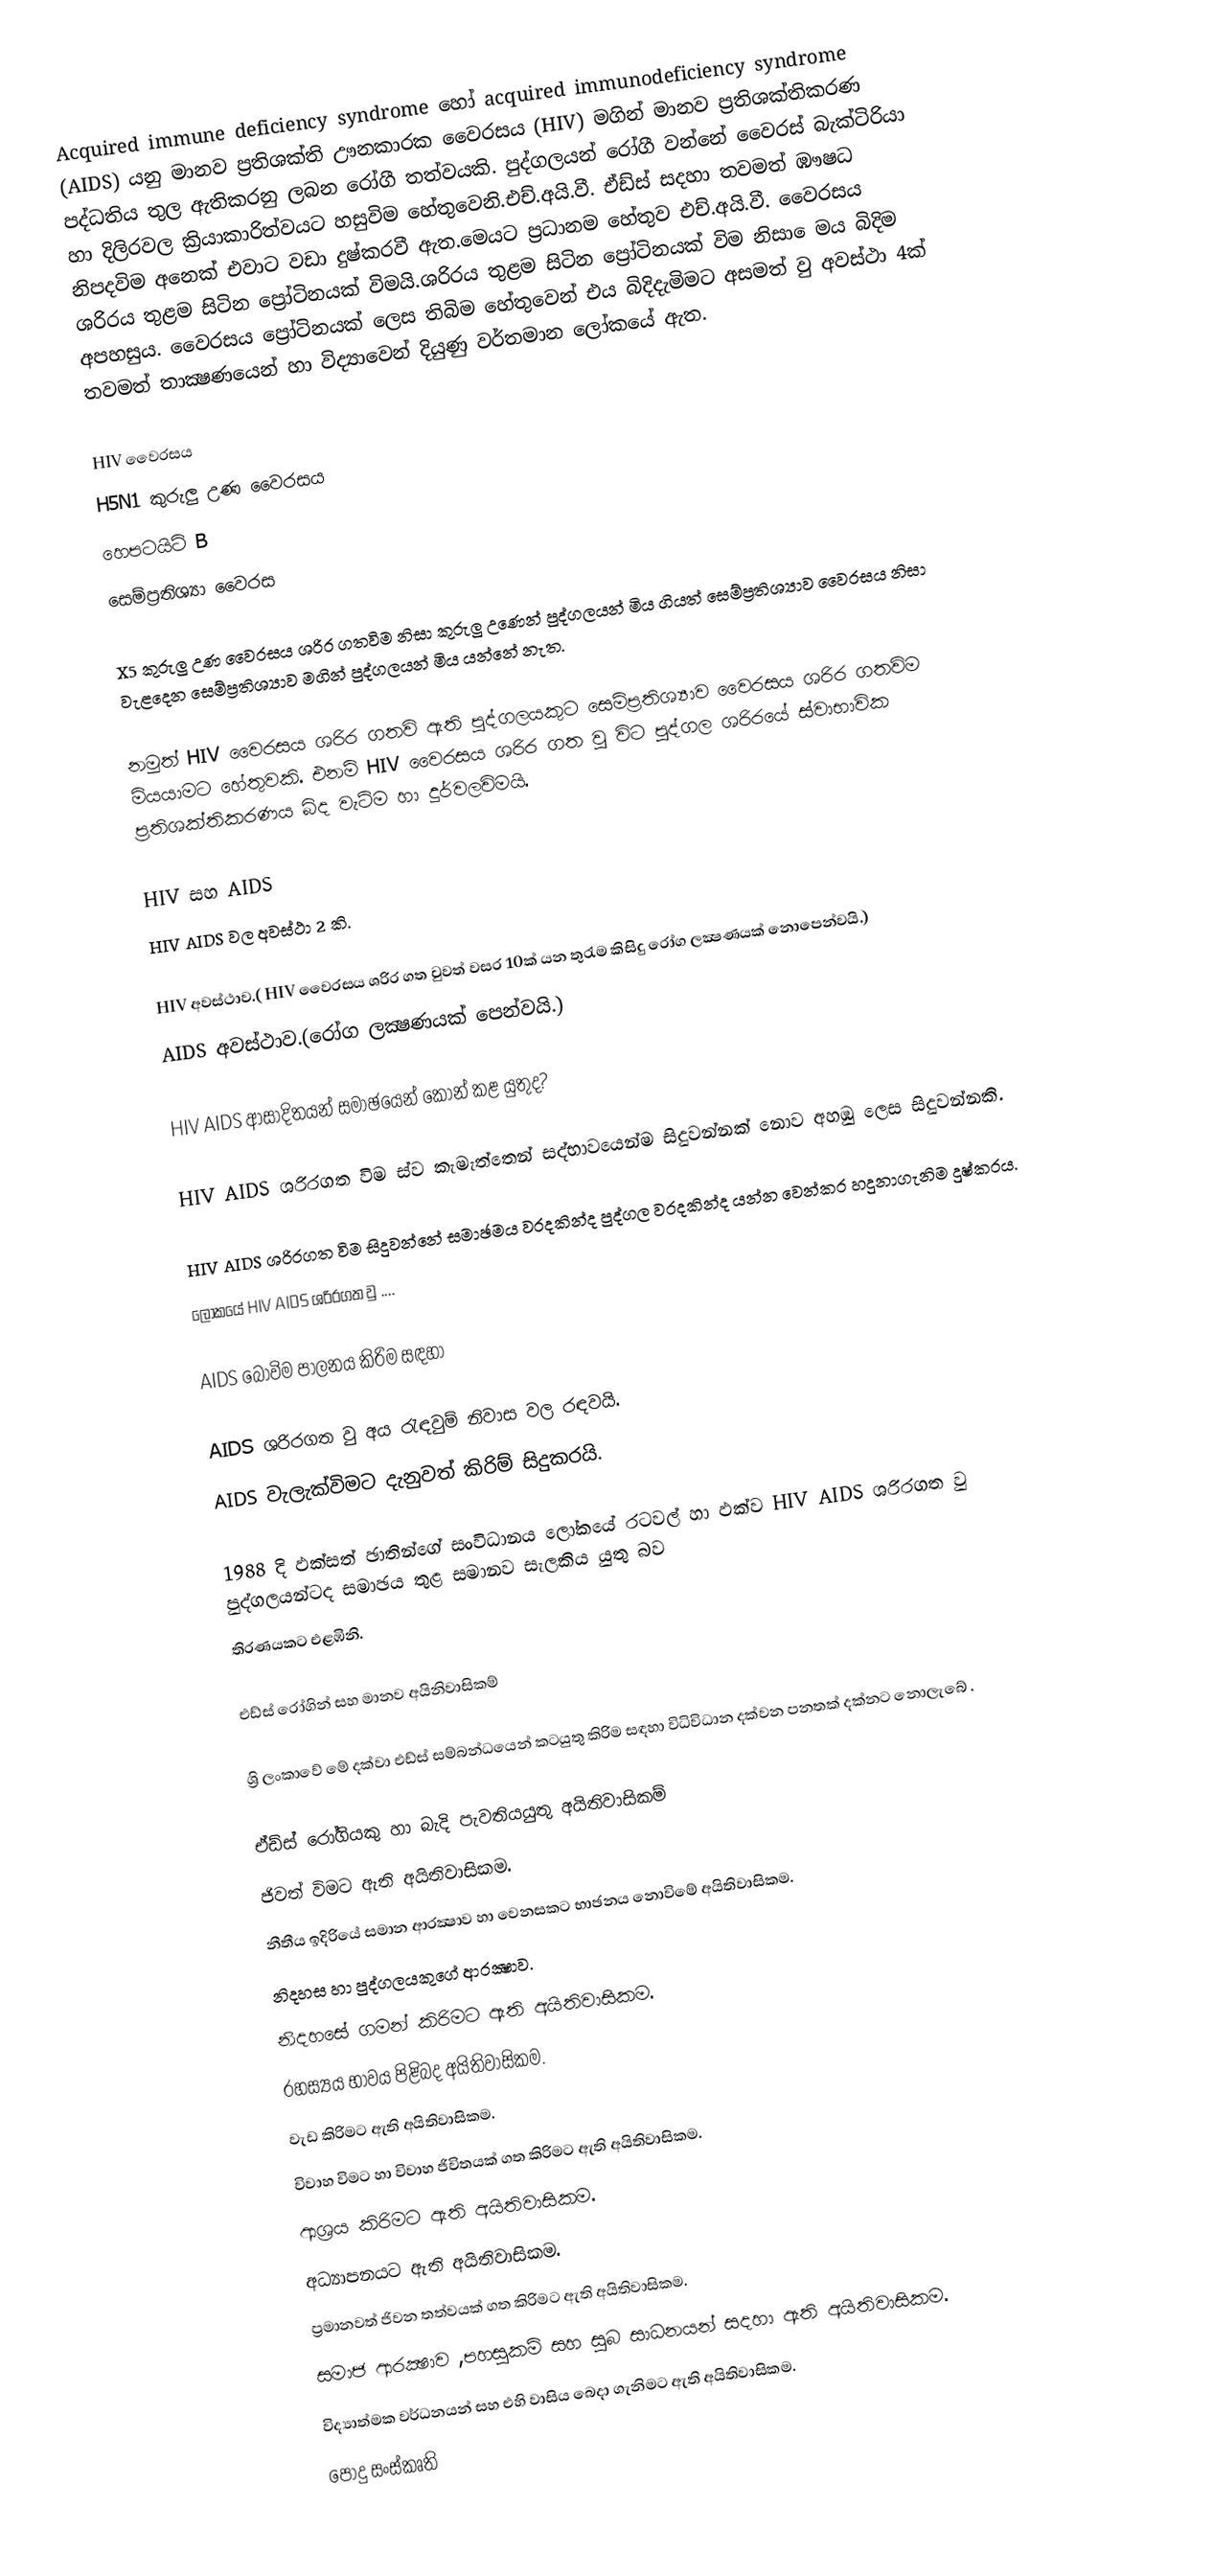
Acquired immune deficiency syndrome   හෝ acquired immunodeficiency syndrome (AIDS) යනු මානව ප්‍රතිශක්ති ඌනකාරක වෛරසය (HIV) මගින් මානව ප්‍රතිශක්තිකරණ පද්ධතිය තුල ඇතිකරනු ලබන රෝගී තත්වයකි. පුද්ගලයන් රෝගී වන්නේ වෛරස් බැක්ටිරියා හා දිලිරවල ක්‍රියාකාරිත්වයට හසුවිම හේතුවෙනි.එච්.අයි.වී. ඒඩ්ස් සදහා තවමත් ඹෟෂධ නිපදවිම අනෙක් එවාට වඩා දුෂ්කරවී ඇත.මෙයට ප්‍රධානම හේතුව එච්.අයි.වී. වෛරසය ශරිරය තුළම සිටින ප්‍රෝටිනයක් විමයි.ශරිරය තුළම සිටින ප්‍රෝටිනයක් විම නිසා ෙමය බිදිම අපහසුය. වෛරසය ප්‍රෝටිනයක් ලෙස තිබිම හේතුවෙන් එය බිදිදැමිමට අසමත් වු අවස්ථා 4ක් තවමත් තාක්‍ෂණයෙන් හා විද්‍යාවෙන් දියුණු වර්තමාන ලෝකයේ ඇත.

 HIV වෛරසය
 H5N1 කුරුලු උණ වෛරසය
 හෙපටයිට්‍ B
 සෙම්ප්‍රතිශ්‍යා වෛරස

X5 කුරුලු උණ වෛරසය ශරිර ගතවිම නිසා කුරුලු උණෙන් පුද්ගලයන් මිය ගියත් සෙම්ප්‍රතිශ්‍යාව වෛරසය නිසා වැළදෙන සෙම්ප්‍රතිශ්‍යාව මගින් පුද්ගලයන් මිය යන්නේ නැත.

නමුත් HIV වෛරසය ශරිර ගතවි ඇති පුද්ගලයකුට සෙම්ප්‍රතිශ්‍යාව වෛරසය ශරිර ගතවිම මියයාමට හේතුවකි. එනම් HIV වෛරසය ශරිර ගත වු විට පුද්ගල ශරිරයේ ස්වාභාවික ප්‍රතිශක්තිකරණය බිද වැටිම හා දුර්වලවිමයි.

HIV සහ AIDS
HIV AIDS වල අවස්ථා 2 කි.

 HIV අවස්ථාව.( HIV වෛරසය ශරිර ගත වුවත් වසර 10ක් යන තුරැම කිසිදු රෝග ලක්‍ෂණයක් නොපෙන්වයි.)
 AIDS අවස්ථාව.(රෝග ලක්‍ෂණයක් පෙන්වයි.)

HIV AIDS ආසාදිතයන් සමාඡයෙන් කොන් කළ යුතුද?

 HIV AIDS ශරිරගත විම ස්ව කැමැත්තෙන් සද්භාවයෙන්ම සිදුවන්නක් නොව අහඹු ලෙස සිදුවන්නකි.

 HIV AIDS ශරිරගත විම සිදුවන්නේ සමාඡමය වරදකින්ද පුද්ගල වරදකින්ද යන්න වෙන්කර හදුනාගැනිම දුෂ්කරය.
ලෝකයේ HIV AIDS ශරිරගත වු ....

AIDS බෝවිම පාලනය කිරිම සඳහා

 AIDS ශරිරගත වු අය රැඳවුම් නිවාස වල රඳවයි.
 AIDS වැලැක්විමට දැනුවත් කිරිම් සිදුකරයි.

1988 දි ඵක්සත් ඡාතින්ගේ සංවිධානය ලෝකයේ රටවල් හා ඵක්ව HIV AIDS ශරිරගත වු පුද්ගලයන්ටද සමාඡය තුළ සමානව සැලකිය යුතු බව
තිරණයකට එළඹිනි.

එඩ්‍ස් රෝගින් සහ මානව අයිනිවාසිකම්‍

ශ්‍රි ලංකාවේ මේ දක්වා එඩ්‍ස් සම්බන්ධයෙන් කටයුතු කිරිම සඳහා විධිවිධාන දක්වන පනතක් දක්නට නොලැබේ .

ඒඩ්ස් රෝගියකු හා බැදි පැවතියයුතු අයිතිවාසිකම්
 ජිවත් විමට ඇති අයිතිවාසිකම.
 නීතීය ඉදිරියේ සමාන ආරක්‍ෂාව හා වෙනසකට භාඡනය නොවිමේ අයිතිවාසිකම.
 නිදහස හා පුද්ගලයකුගේ ආරක්‍ෂාව.
 නිදහසේ ගමන් කිරිමට ඇති අයිතිවාසිකම.
 රහස්‍යය භාවය පිළිබද අයිතිවාසිකම.
 වැඩ කිරිමට ඇති අයිතිවාසිකම.
 විවාහ විමට හා විවාහ ජිවිතයක් ගත කිරිමට ඇති අයිතිවාසිකම.
 ආශ්‍රය කිරිමට ඇති අයිතිවාසිකම.
 අධ්‍යාපනයට ඇති අයිතිවාසිකම.
 ප්‍රමානවත් ජිවන තත්වයක් ගත කිරිමට ඇති අයිතිවාසිකම.
 සමාජ ආරක්‍ෂාව ,පහසුකම් සහ සුබ සාධනයන් සදහා ඇති අයිතිවාසිකම.
 විද්‍යාත්මක වර්ධනයන් සහ එහි වාසිය බෙදා ගැනිමට ඇති අයිතිවාසිකම.
 පොදු සංස්කෘති